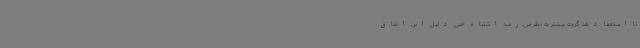
تا استعفا دهد. گرچه بیشتر به نظر می‌رسد اشتباه فنی دلیل این اتفاق